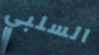
السلبي